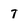
Character: t